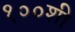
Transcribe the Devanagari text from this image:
१००शी